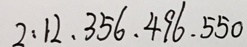
2 : 1 2 , 3 5 6 , 4 9 6 , 5 5 0